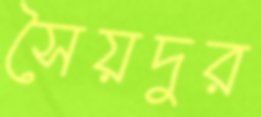
সৈয়দুর